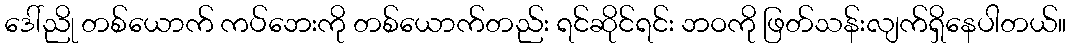
ဒေါ်ညို တစ်ယောက် ကပ်ဘေးကို တစ်ယောက်တည်း ရင်ဆိုင်ရင်း ဘဝကို ဖြတ်သန်းလျက်ရှိနေပါတယ်။